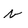
Character: v